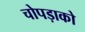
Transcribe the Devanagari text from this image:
चोपड़ाको